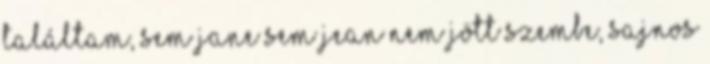
találtam, sem Jane sem Jean nem jött szembe, sajnos